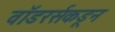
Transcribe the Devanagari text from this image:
वॉडरर्सकडून